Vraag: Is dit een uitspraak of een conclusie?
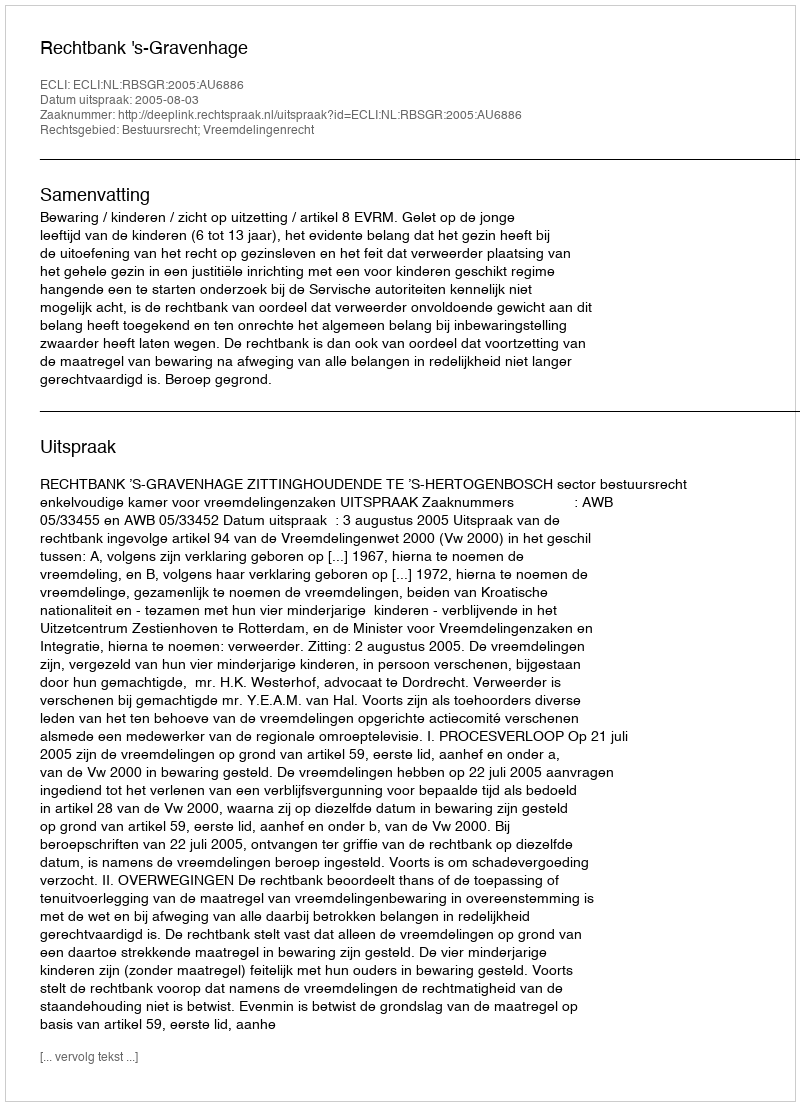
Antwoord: Uitspraak